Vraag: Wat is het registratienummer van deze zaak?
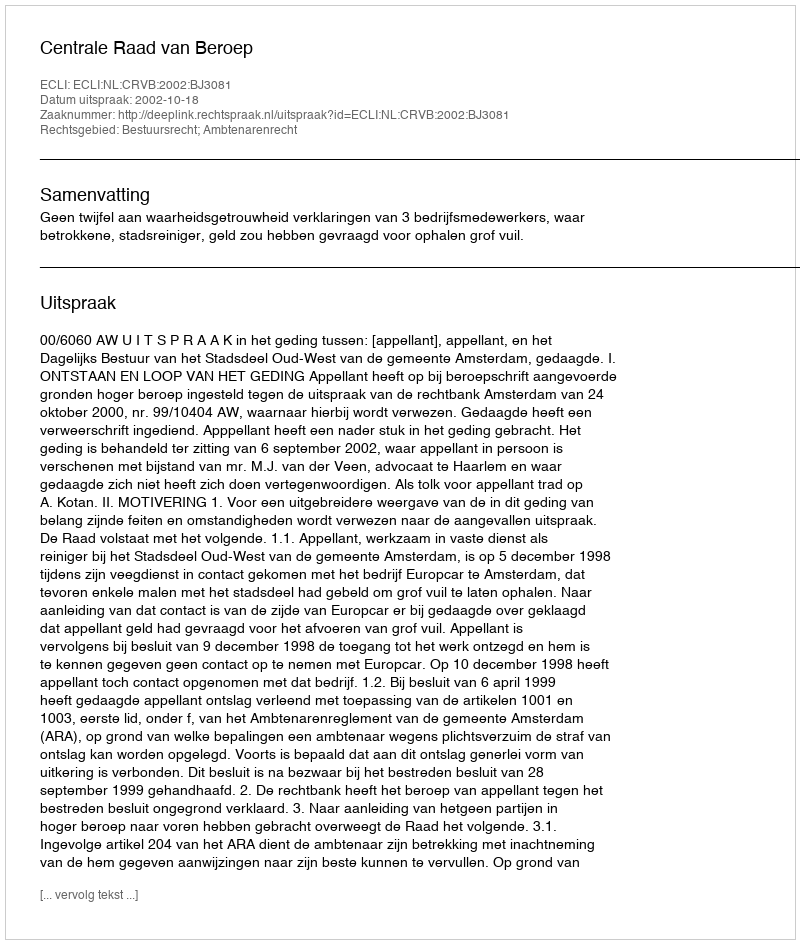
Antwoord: http://deeplink.rechtspraak.nl/uitspraak?id=ECLI:NL:CRVB:2002:BJ3081